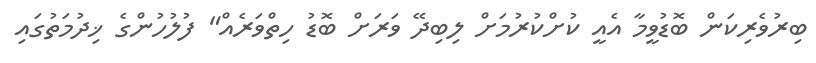
ބިރުވެރިކަން ބޮޑުވީމާ އެއީ ކުށްކުރުމަށް ލިބިދޭ ވަރަށް ބޮޑު ހިތްވަރެއް" ފުލުހުންގެ ޚިދުމަތުގައި